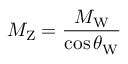
M _ { \mathrm { Z } } = { \frac { M _ { \mathrm { W } } } { \cos \theta _ { \mathrm { W } } } }